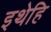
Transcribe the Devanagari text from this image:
इथेहि